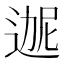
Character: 𬨬